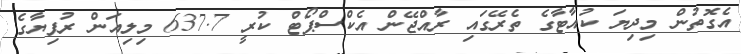
އެގޮތުން މިދިޔަ ކުއާޓާގެ ތެރޭގައި ރާއްޖޭން އެކްސްޕޯޓް ކުރީ 637.7 މިލިއަން ރުފިޔާގެ